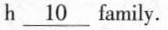
h \underline10 family.